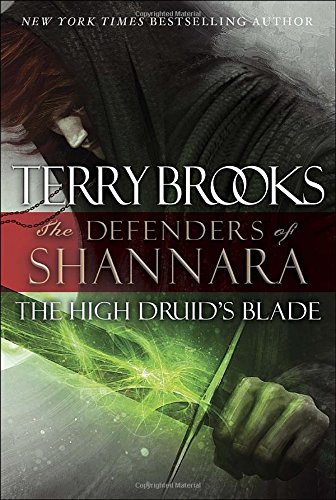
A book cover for The High Druid's Blade: The Defenders of Shannara; Terry Brooks; Science Fiction & Fantasy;